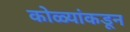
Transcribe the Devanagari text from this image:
कोळ्यांकडून